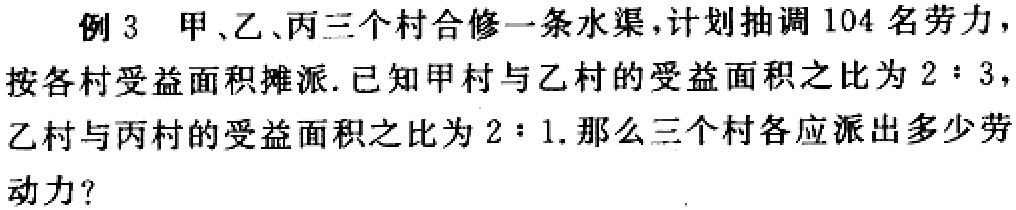
例 3 甲、乙、丙三个村合修一条水渠，计划抽调 104 名劳力，按各村受益面积摊派. 已知甲村与乙村的受益面积之比为 \(2:3\)，乙村与丙村的受益面积之比为 \(2:1\). 那么三个村各应派出多少劳动力？